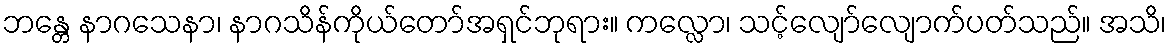
ဘန္တေ နာဂသေနာ၊ နာဂသိန်ကိုယ်တော်အရှင်ဘုရား။ ကလ္လော၊ သင့်လျော်လျောက်ပတ်သည်။ အသိ၊